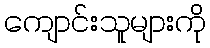
ကျောင်းသူများကို